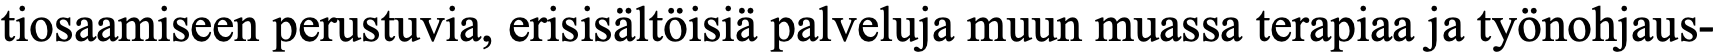
tiosaamiseen perustuvia, erisisältöisiä palveluja muun muassa terapiaa ja työnohjaus-